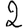
Digit: 2